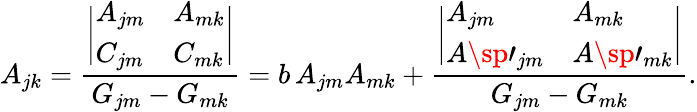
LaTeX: A_{jk}={\frac{\biggl|\begin{array}{ll}{{A_{jm}}}&{{A_{mk}}}\\ {{C_{jm}}}&{{C_{mk}}}\end{array}\biggr|}{G_{jm}-G_{mk}}}=b\, A_{jm}A_{mk}+{\frac{\biggl|\begin{array}{ll}{{A_{jm}}}&{{A_{mk}}}\\ {{A\sp\prime_{jm}}}&{{A\sp\prime_{mk}}}\end{array}\biggr|}{G_{jm}-G_{mk}}}.